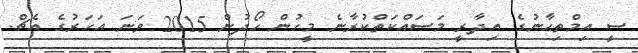
ސީ އިމްތިޙާނުގެ އިދާރީ މަސައްކަތްކުރާނެ މީހުން ހޯދުން 2015 ވަނަ އަހަރުގެ އެޗް.